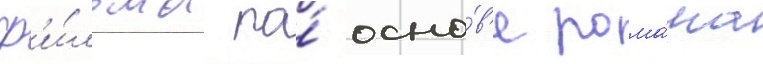
ф'и́льма по́ осно́в'е рома́на